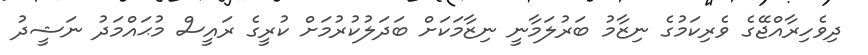
ދިވެހިރާއްޖޭގެ ވެރިކަމުގެ ނިޒާމު ބަރުލަމާނީ ނިޒާމަކަށް ބަދަލުކުރުމަށް ކުރީގެ ރައީސް މުޙައްމަދު ނަޝީދު